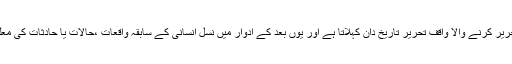
ہر مخصوص دور کے واقعات ضبط تحریر کرنے والا واقفِ تحریر تاریخ دان کہلاتا ہے اور یوں بعد کے ادوار میں نسل انسانی کے سابقہ واقعات ،حالات یا حادثات کی معلومات کا انحصار تاریخ ہی پر ہوتا ہے۔